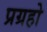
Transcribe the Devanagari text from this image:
प्रग्रहो